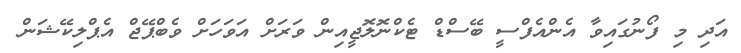
އަދި މި ފޯނުގައިވާ އެންއެފްސީ ބޭސްޑް ޓެކްނޮލޮޖީއިން ވަރަށް އަވަހަށް ވެބްޕޭޖް އެޕްލިކޭޝަން